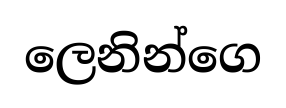
ලෙනින්ගෙ